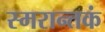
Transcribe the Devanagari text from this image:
स्मरान्तकं